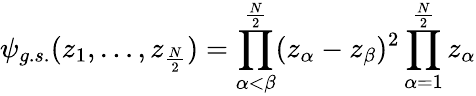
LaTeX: \psi_{g.s.}(z_{1},\ldots,z_{\frac{N}{2}})=\prod_{\alpha<\beta}^{\frac{N}{2}}(z_{\alpha}-z_{\beta})^{2}\prod_{\alpha=1}^{\frac{N}{2}}z_{\alpha}